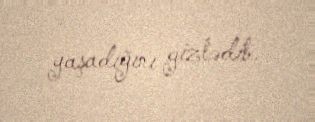
yaşadığını gizlədib.